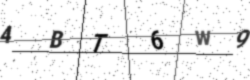
Text: 4BT6W9